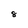
Character: 8